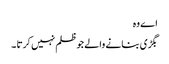
اے وہ
بگڑی بنانے والے جو ظلم نہیں کرتا ۔